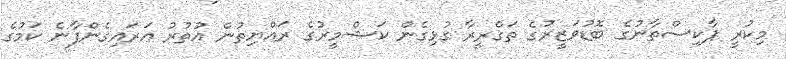
މިކުރީ ޕާކިސްތާނުގެ ބޮޑުވަޒީރުގެ ތަގްރީރާ ގުޅިގެން ކަޝްމީރުގެ ރައްޔިތުން އުތުރު އަރައިގެންފާނެ ކަމުގެ